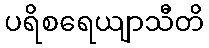
ပရိစရေယျာသီတိ